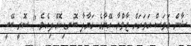
ޝާން އަވަސް އަވަހަށް ޒާވްޔާ އޭނާގެ ގަޔާލާ ބޮނޑިކޮއްލިއެވެ " ސޮރީ ބޭބީ